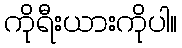
ကိုရီးယားကိုပါ။